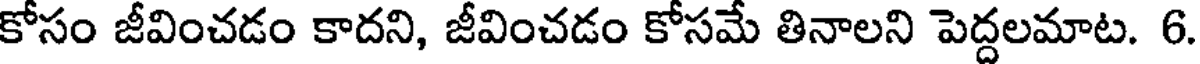
కోసం జీవించడం కాదని, జీవించడం కోసమే తినాలని పెద్దలమాట. 6.